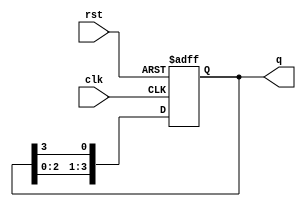
module ring_counter #(parameter N = 4) (
    input wire clk,       // Clock signal
    input wire rst,       // Asynchronous reset signal
    output reg [N-1:0] q // Output state of the ring counter
);

// Initial state
initial begin
    q = 1'b1; // Initialize the first flip-flop to '1'
end

// Synchronous operation
always @(posedge clk or posedge rst) begin
    if (rst) begin
        // On reset, set the counter to initial state
        q <= 1'b1; // Set the first flip-flop to '1'
    end else begin
        // Shift the '1' to the next position
        q <= {q[N-2:0], q[N-1]}; // Rotate the bits
    end
end

endmodule